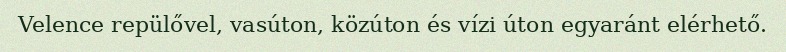
Velence repülővel, vasúton, közúton és vízi úton egyaránt elérhető.